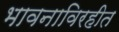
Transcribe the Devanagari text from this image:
भावनाविरहीत